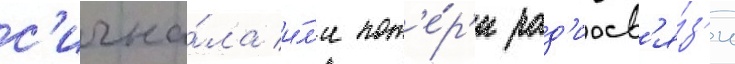
с'игна́ла и́л'и пот'е́р'и рад'иосв'я́з'и